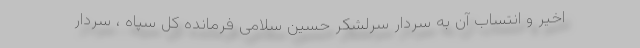
اخیر و انتساب آن به سردار سرلشکر حسین سلامی فرمانده کل سپاه ، سردار